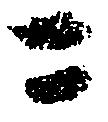
ニ